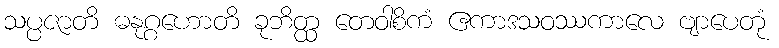
သပ္ပဇာတိ ဓနုဂ္ဂဟောတိ ခုဘိတ္ထ တေဝါစိကံ ဧကာဒသဝဿကာလေ ဗျာပေတုံ